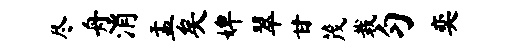
尽舟消盂矣婢翠甘茂栽匀奕